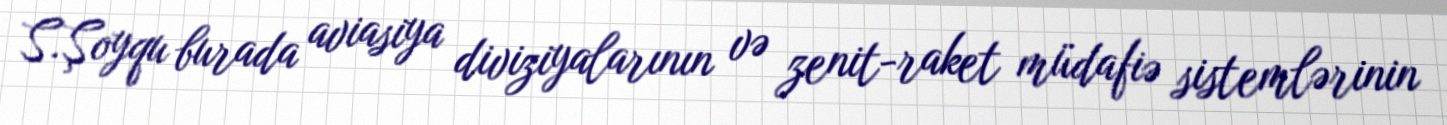
S.Şoyqu burada aviasiya diviziyalarının və zenit-raket müdafiə sistemlərinin